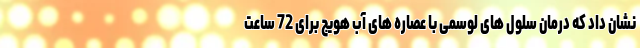
نشان داد که درمان سلول های لوسمی با عصاره های آب هویج برای 72 ساعت